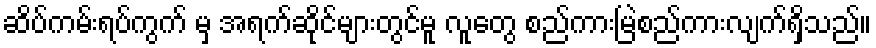
ဆိပ်ကမ်းရပ်ကွက် မှ အရက်ဆိုင်များတွင်မူ လူတွေ စည်ကားမြဲစည်ကားလျက်ရှိသည်။